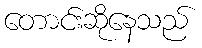
တောင်းဆိုနေသည်